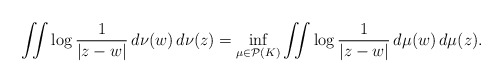
\begin{align*}\iint\log\frac{1}{|z-w|}\,d\nu(w)\,d\nu(z)=\inf_{\mu\in \mathcal{P}(K)}\iint\log\frac{1}{|z-w|}\,d\mu(w)\,d\mu(z).\end{align*}